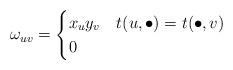
LaTeX: \begin{align*}\omega_{uv} = \begin{cases}x_u y_v & t(u,\bullet) = t(\bullet,v) \\0 & \end{cases}\end{align*}